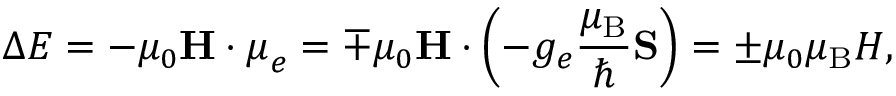
\Delta E = - \mu _ { 0 } \mathbf { H } \cdot { \boldsymbol { \mu } } _ { e } = \mp \mu _ { 0 } \mathbf { H } \cdot \left( - g _ { e } { \frac { \mu _ { \mathrm { B } } } { \hbar } } \mathbf { S } \right) = \pm \mu _ { 0 } \mu _ { \mathrm { B } } H ,